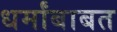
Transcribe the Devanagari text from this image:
धर्मांबाबत